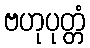
ဗဟုပုတ္တံ